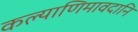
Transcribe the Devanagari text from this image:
कल्याणिमावदानि